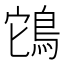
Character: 𮬲